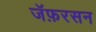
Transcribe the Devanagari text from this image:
जॅफ़रसन